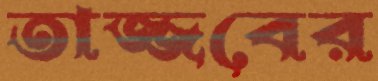
তাজ্জবের